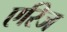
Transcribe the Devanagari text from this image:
एरिज